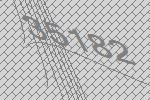
35182